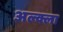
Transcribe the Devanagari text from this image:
अल्क्ला